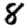
Digit: 8